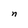
Character: n